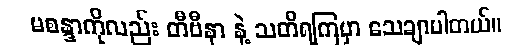
မစန္ဒာကိုလည်း တီဗီနာ နဲ့ သတိရကြမှာ သေချာပါတယ်။